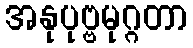
အနုပုဗ္ဗမုဂ္ဂတာ